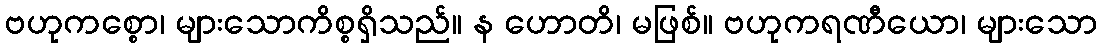
ဗဟုကစ္စော၊ များသောကိစ္စရှိသည်။ န ဟောတိ၊ မဖြစ်။ ဗဟုကရဏီယော၊ များသော